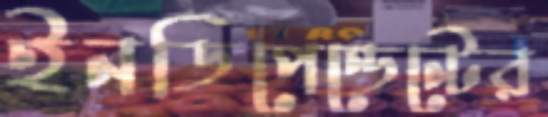
ইনডিপেন্ডেন্টের